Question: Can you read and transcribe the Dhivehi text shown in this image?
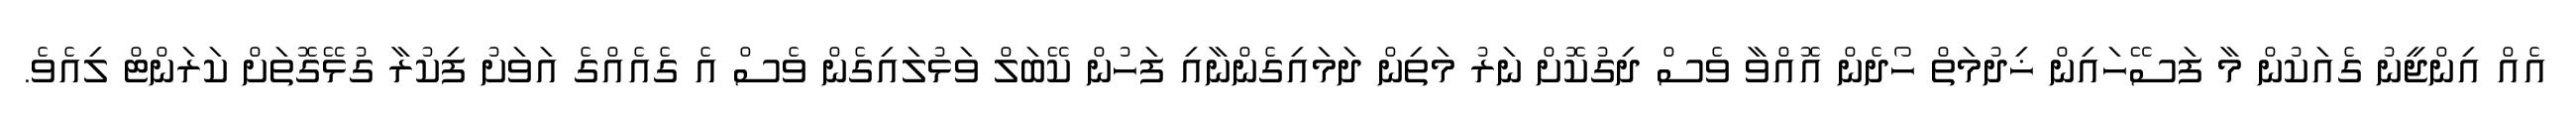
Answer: އެއް އިންޖީނު ގެއަކުން މާ ފަސޭހައިން ޚިދުމަތް ހޯދެން އޮއްވާ ވެސް ދިގުކޮށް ނަރު މަތިން ދަމައިގެންނާއި ފަހުން ކޭބަލް ވަޅުލައިގެން ވެސް އެ ގެއެއްގެ އަވަށު ފިކުރާ ގުޅޭގޮތަށް ކަރަންޓް ލިއެވެ.